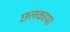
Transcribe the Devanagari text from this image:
छलकाया